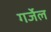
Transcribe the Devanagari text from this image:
गर्जेल